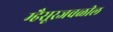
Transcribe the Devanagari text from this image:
म्हैसूरजवळील